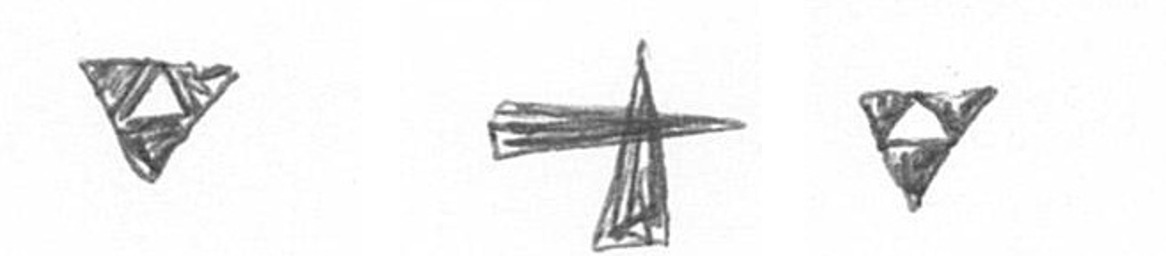
S G S